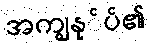
အကျွနု်ပ်၏